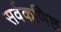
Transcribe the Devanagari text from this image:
सर्वकणिष्ठ